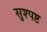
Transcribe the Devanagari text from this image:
सुश्पष्ट